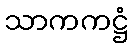
သာကကဋ္ဌံ